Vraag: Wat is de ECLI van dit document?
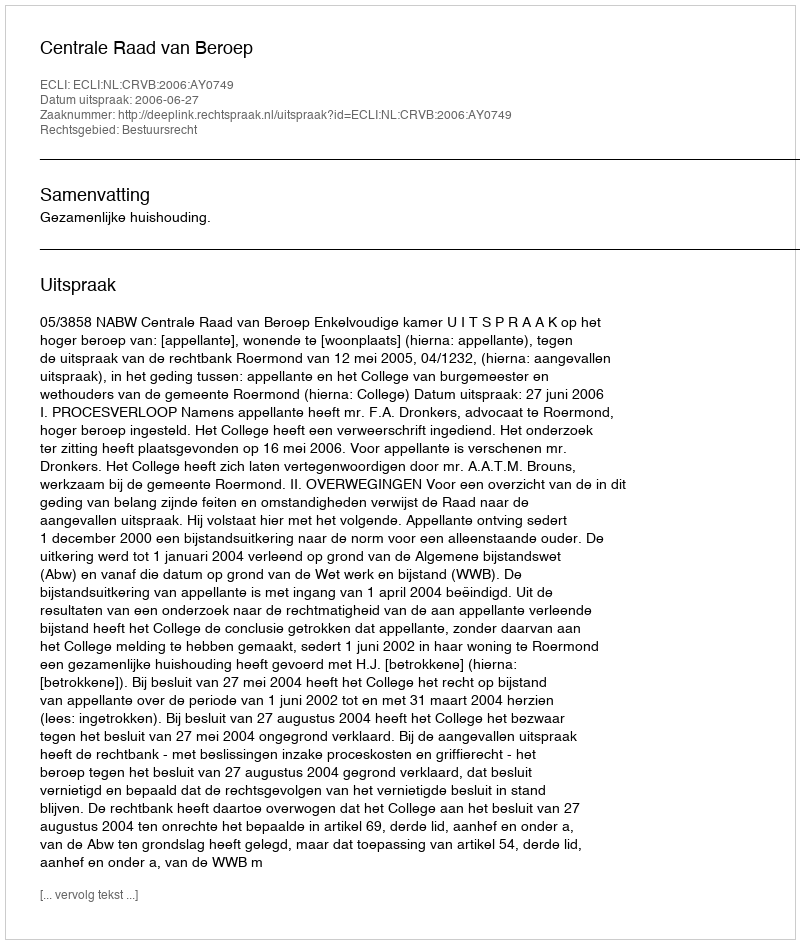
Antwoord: ECLI:NL:CRVB:2006:AY0749